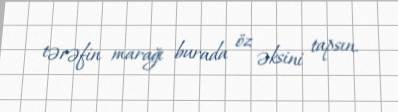
tərəfin marağı burada öz əksini tapsın.